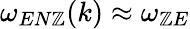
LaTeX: \omega_{EN\mathbb{Z}}(k)\approx\omega_{\mathbb{Z}E}